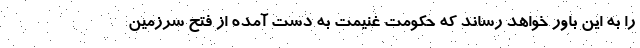
را به این باور خواهد رساند که حکومت غنیمت به دست آمده از فتح سرزمین